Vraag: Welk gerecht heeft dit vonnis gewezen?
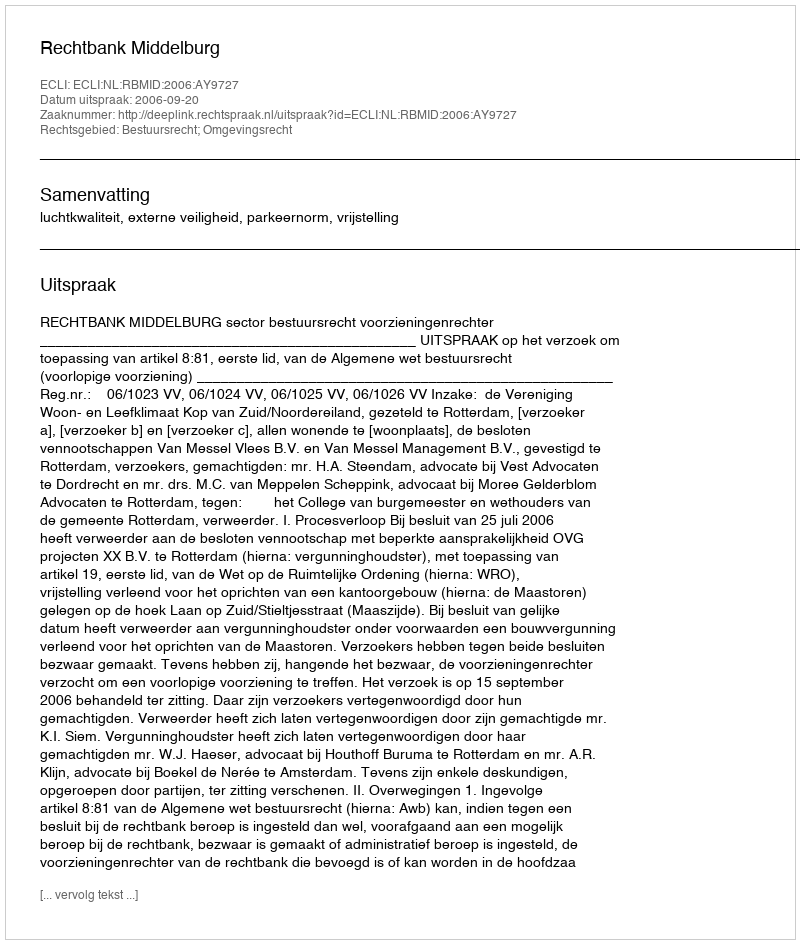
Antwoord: Rechtbank Middelburg